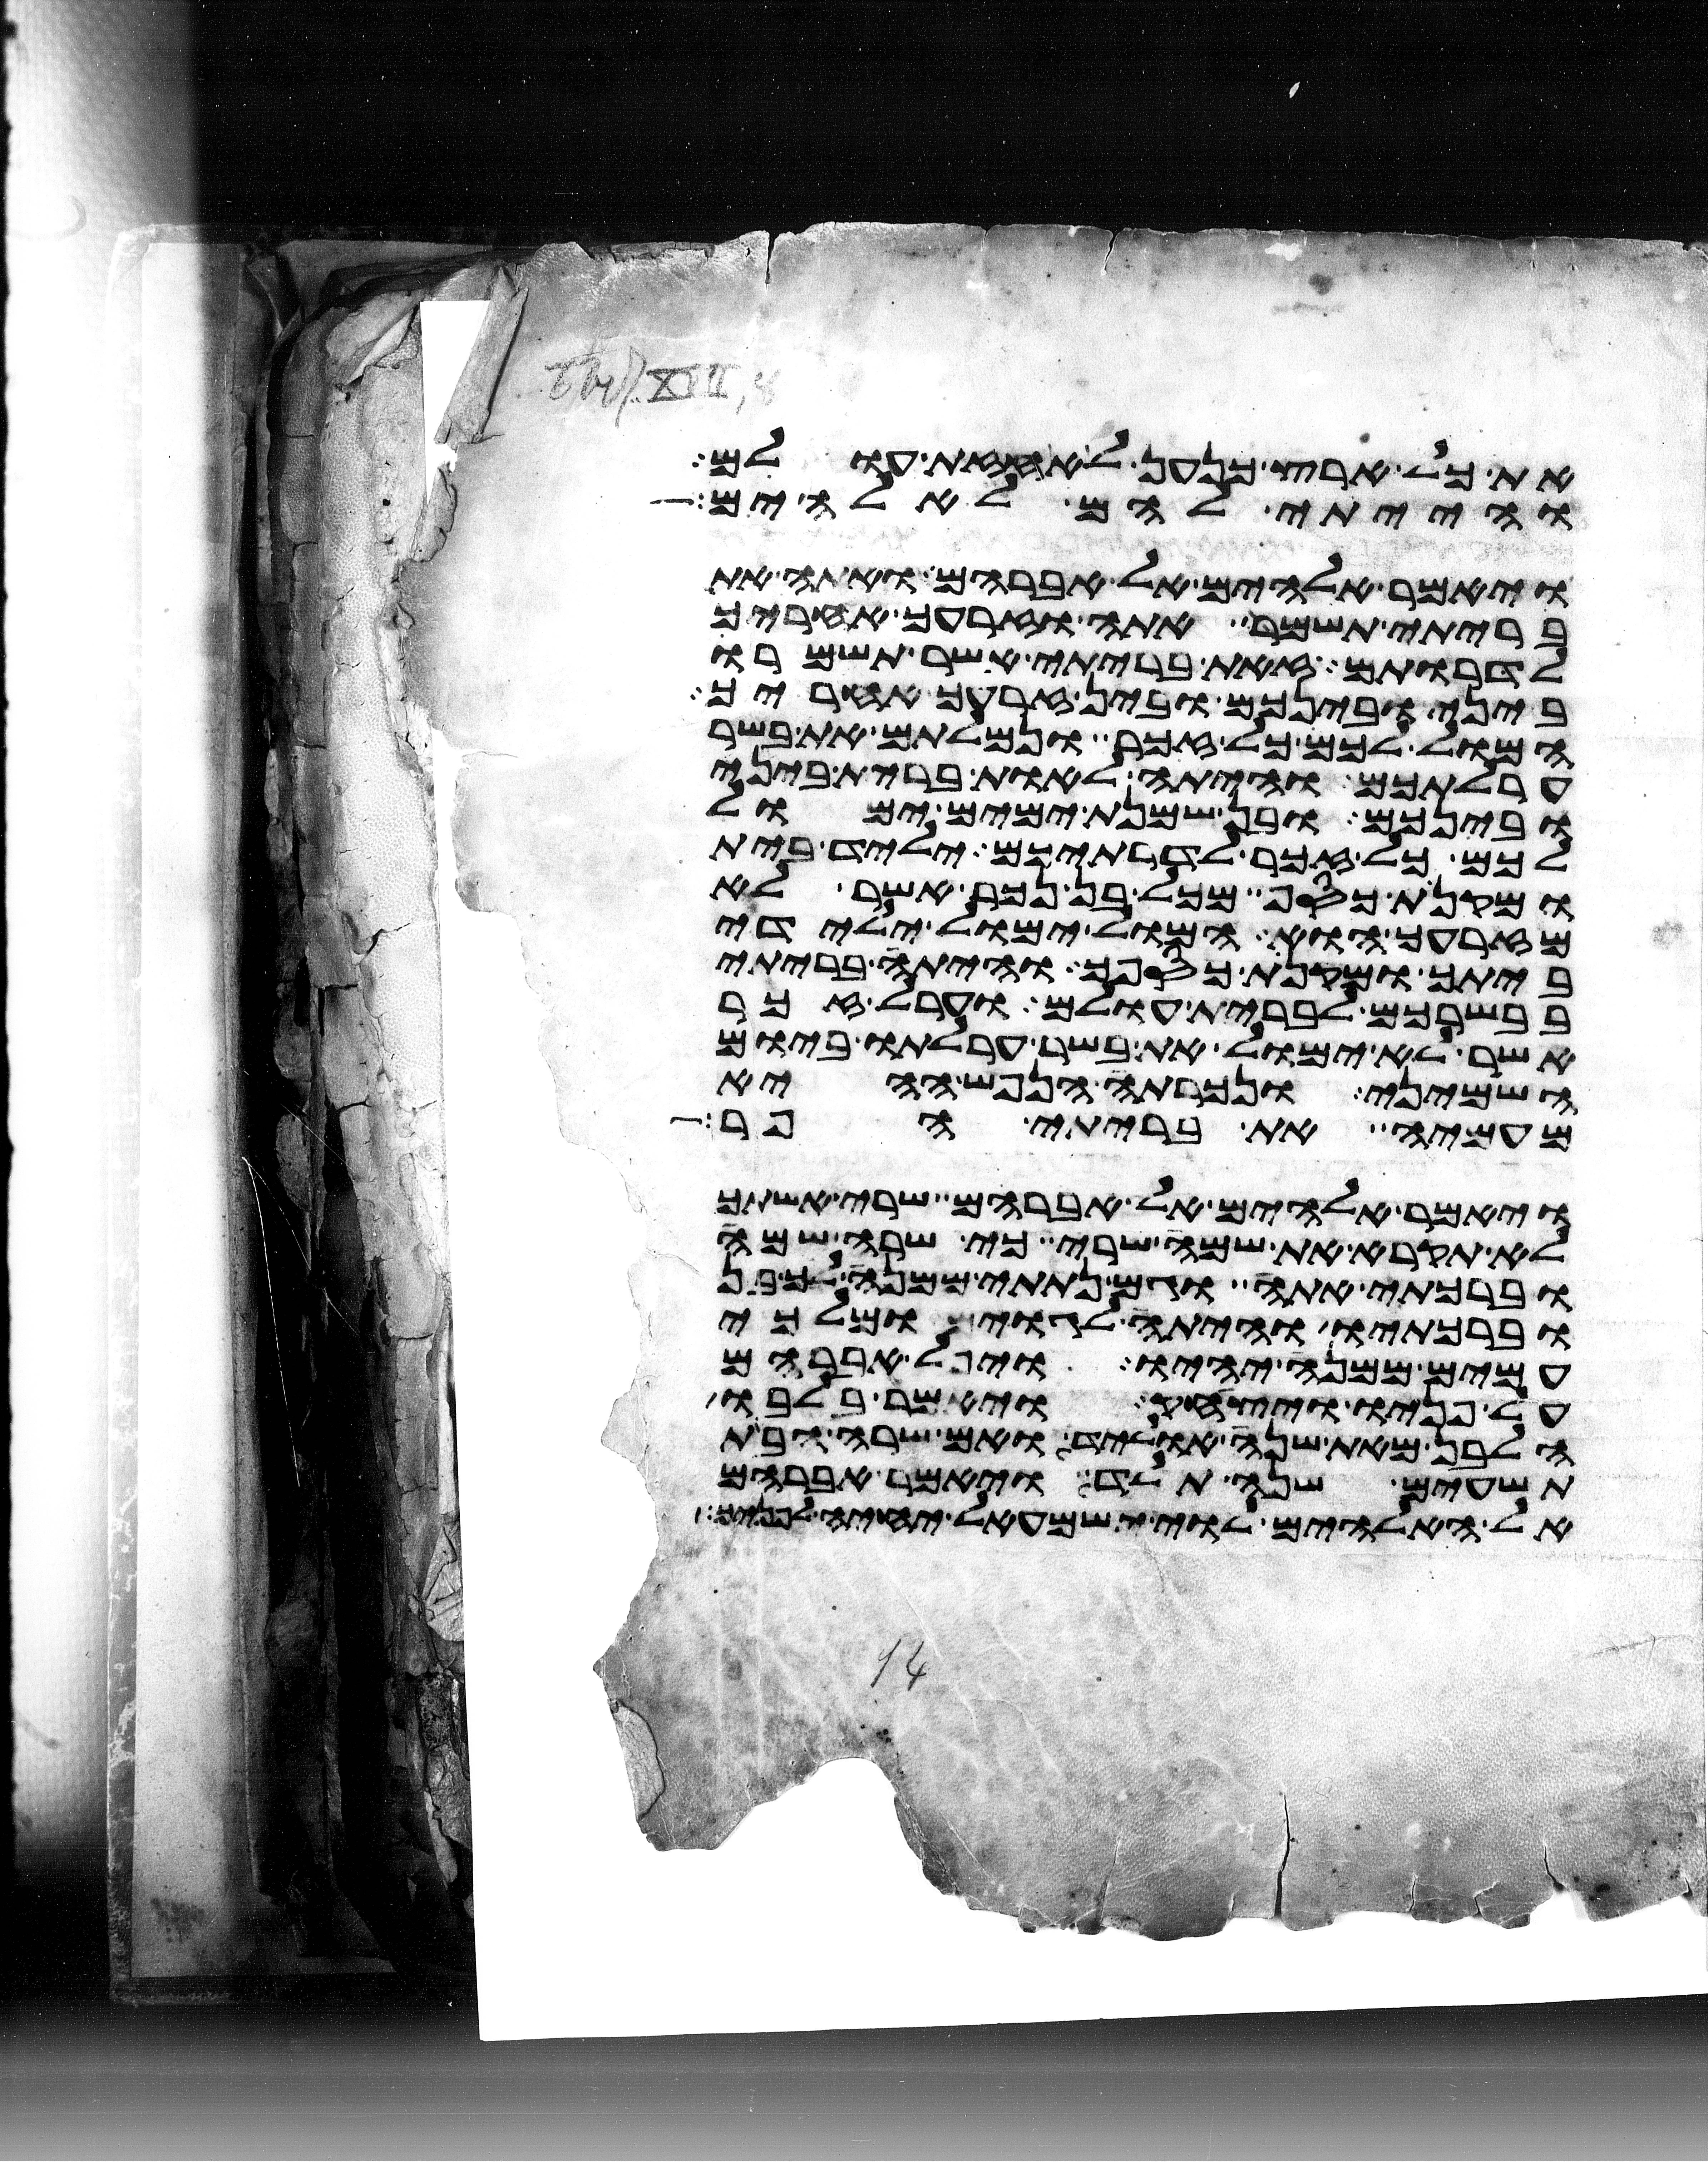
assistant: את כל ארץ כנען לאחזת עולם
והייתי להם לאלהים
ויאמר אלהים אל אברהם ואתה את
בריתי תשמר אתה וזרעך אחריך
לדרותם זאת בריתי אשר תשמרו
ביני ובינכם ובין זרעך אחריך
המול לכם כל זכר ונמלתם את בשר
ערלתכם והיתה לאות ברית ביני
ובינכם ובן שמנת ימים ימול
לכם כל זכר לדרתיכם יליד בית
ומקנת כסף מכל בן נכר אשר לא
מזרעך הוא המול ימול ילידי
ביתך ומקנת כספך והיתה בריתי
בבשרכם לברית עולם וערל זכר
אשר לא ימול את בשר ערלתו ביום
השמיני ונכרתה הנפש ההיא
מעמיה את בריתי הפר
ויאמר אלהים אל אברהם שרי אשתך
לא תקרא את שמה שרי כי שרה שמה
וברכתי אתה וגם נתתי ממנה לך בן
וברכתיו והיתה לגוים ומלכי
עמים ממנה יהיו ויפל אברהם
על פניו ויצחק ויאמר בלבו
הלבן מאת שנה אוליד ואם שרה הבת
תשעים שנה תלד ויאמר אברהם
אל האלהים לוי ישמעאל יחיה לפניך